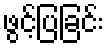
ဖွင့်ပြခြင်း